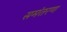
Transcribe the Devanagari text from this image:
समंतरण